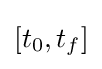
[t_{0},t_{f}]